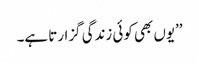
’’یوں بھی کوئی زندگی گزارتا ہے۔